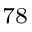
^ { 7 8 }